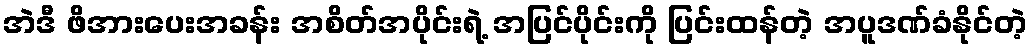
အဲဒီ ဖိအားပေးအခန်း အစိတ်အပိုင်းရဲ့ အပြင်ပိုင်းကို ပြင်းထန်တဲ့ အပူဒဏ်ခံနိုင်တဲ့